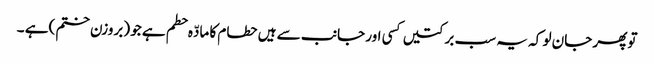
توپھر جان لو کہ یہ سب برکتیں کسی اور جانب سے ہیں حطام کا مادّہ حطم ہے جو (بروزن ختم )ہے ۔